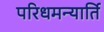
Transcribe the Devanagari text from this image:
परिधमन्यार्ति